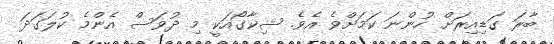
ބާރަ ގަޑިއިރަށް ހުންނަ ކަމަށްވެ އެވެ. ޝިކާގޯއަކީ މި ދުވަސް އެންމެ ކުލަގަދަ